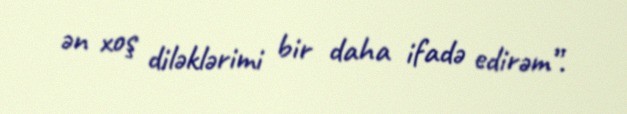
ən xoş diləklərimi bir daha ifadə edirəm”.